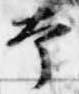
本